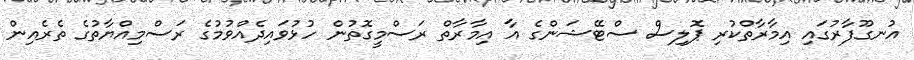
އުނގޫފާރުގައި އިމާރާތްކުރި ޕޮލިސް ސްޓޭޝަންގެ އާ އިމާރާތް ރަސްމީގޮތުން ހުޅުވައިދެއްވުމުގެ ރަސްމިއްޔާތުގެ ތެރެއިން